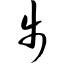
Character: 步